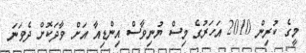
މީގެ ކުރިން 2010 އަހަރުގެ މިސް ޔުނިވާސް އިންޑިއާ އަށް ވާދަކޮށް ދެވަނަ